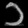
Digit: ၁